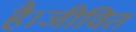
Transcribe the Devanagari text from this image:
है।जीवित